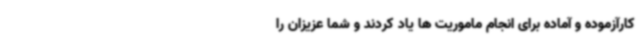
کارآزموده و آماده برای انجام ماموریت ها یاد کردند و شما عزیزان را